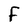
Character: F